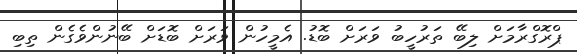
ޕްރޮގްރާމަށް ލިބޭ ތަރުހީބު ވަރަށް ބޮޑު. އެމީހުން ވަރަށް ބޮޑަށް ބޭނުންވެގެން ތިބި